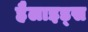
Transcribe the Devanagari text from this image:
हैलाइड्स